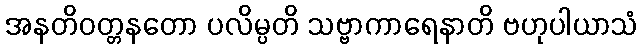
အနတိဝတ္တနတော ပလိမ္ပတိ သဗ္ဗာကာရေနာတိ ဗဟုပါယာသံ